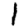
Digit: 1